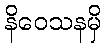
နိဝေသနမှိ